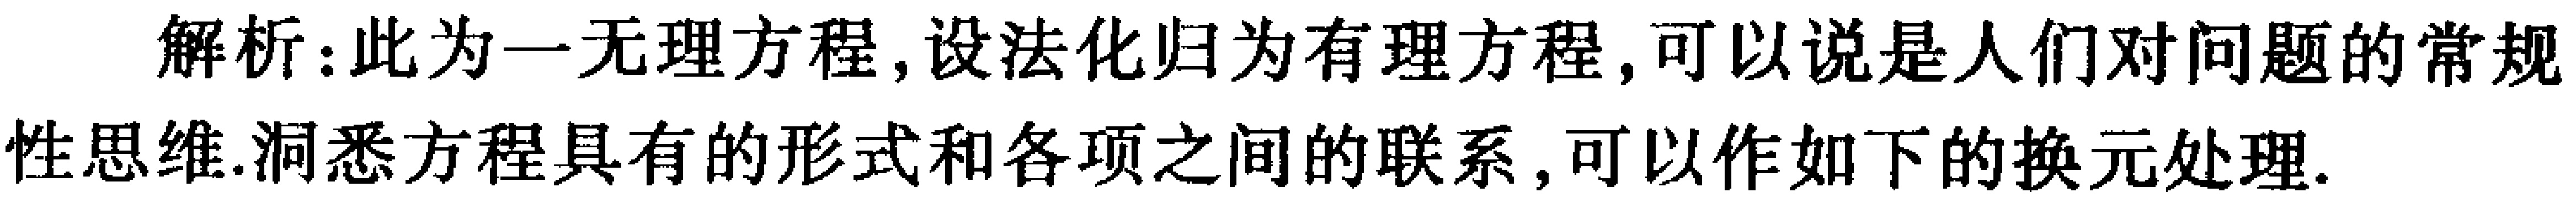
解析：此为一无理方程,设法化归为有理方程,可以说是人们对问题的常规性思维.洞悉方程具有的形式和各项之间的联系,可以作如下的换元处理.